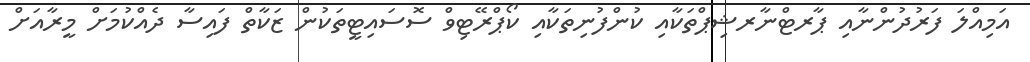
އަމިއްލަ ފަރުދުންނާއި ޕާރޓްނާރޝިޕްތަކާއި ކުންފުނިތަކާއި ކޯޕްރޭޓިވް ސޮސައިޓީތަކުން ޒަކާތް ފައިސާ ދެއްކުމަށް މީރާއަށް